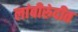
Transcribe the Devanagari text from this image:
लांबीरुंदीत